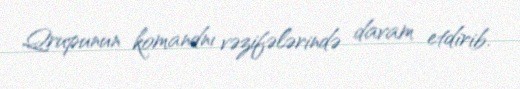
Qrupunun komandnı vəzifələrində davam etdirib.